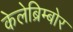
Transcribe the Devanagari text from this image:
केलेब्रिम्बोर